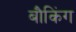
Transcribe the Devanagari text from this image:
बौकिंग